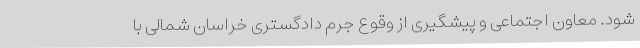
شود. معاون اجتماعی و پیشگیری از وقوع جرم دادگستری خراسان شمالی با